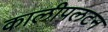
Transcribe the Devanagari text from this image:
कालीपलटन